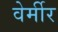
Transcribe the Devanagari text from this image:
वेर्मीर